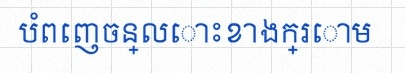
បំពេញចន្លោះខាងក្រោម